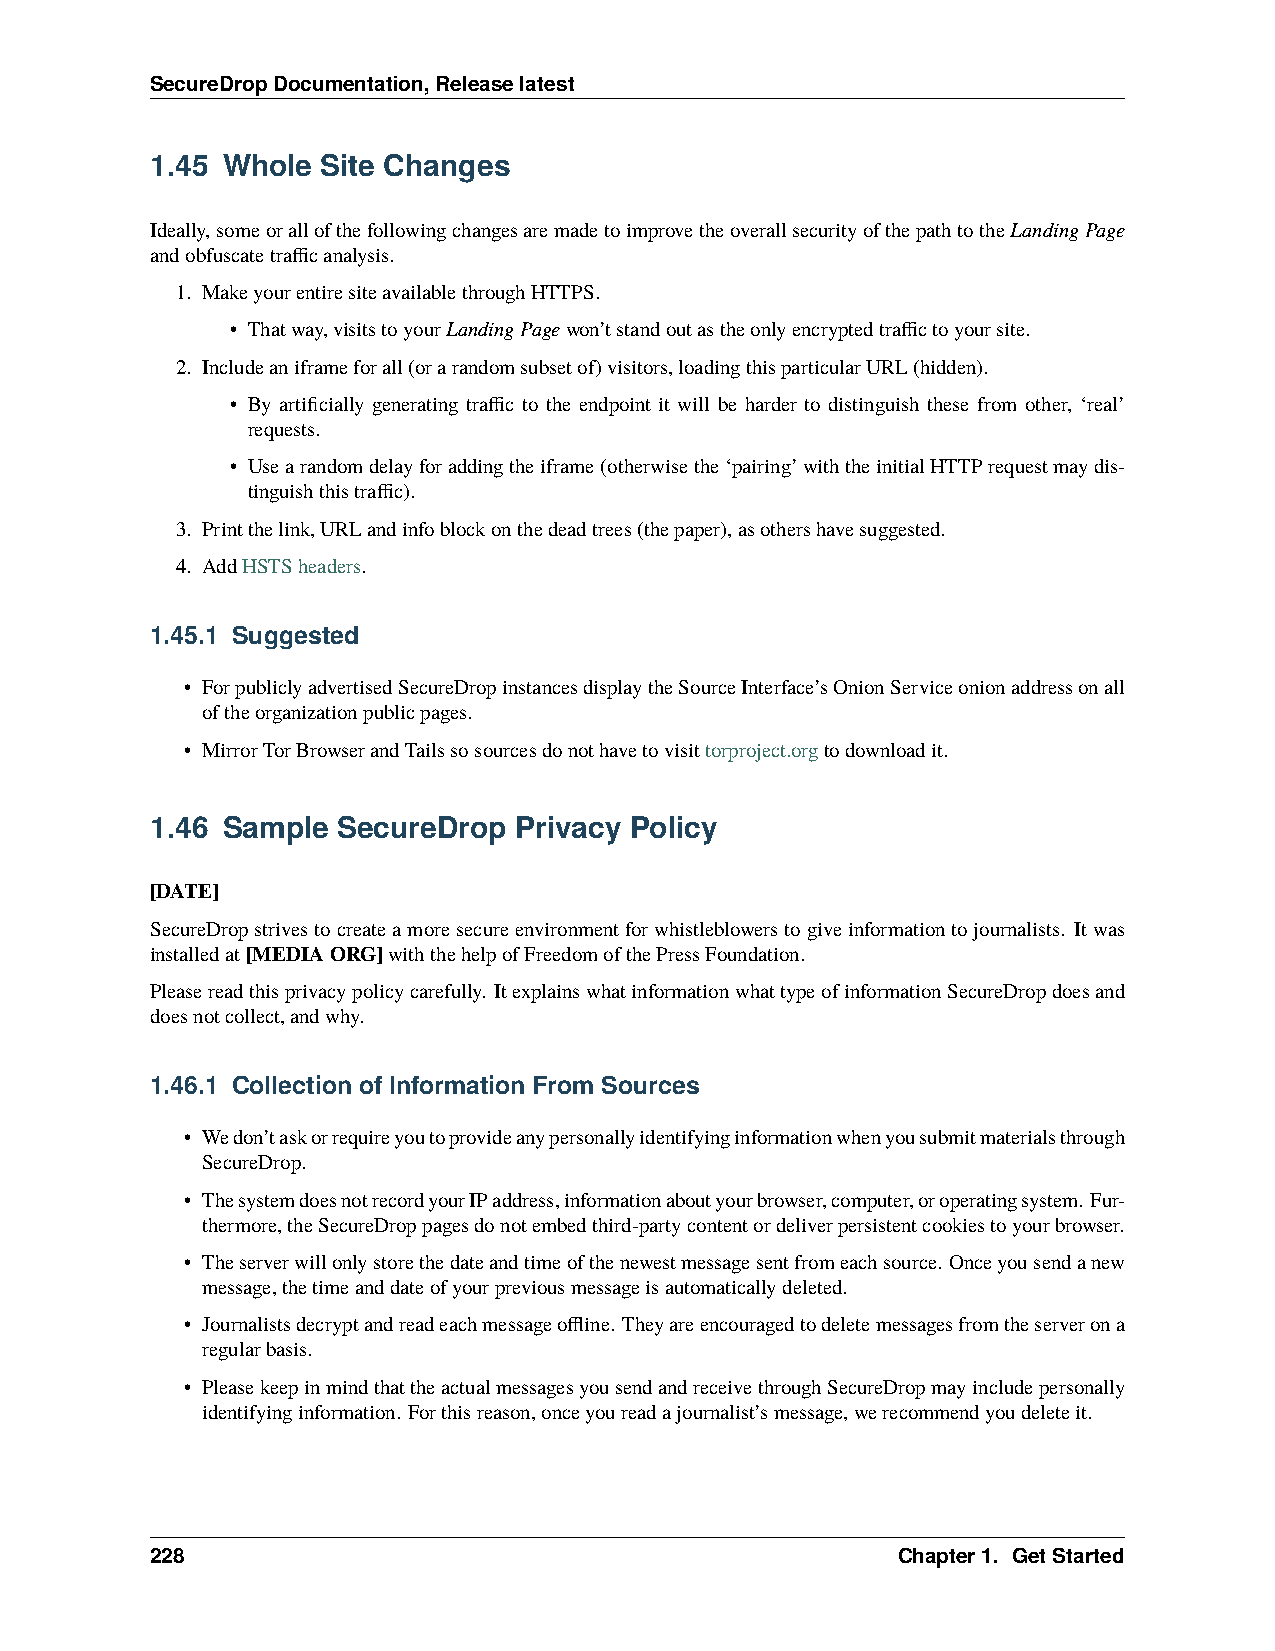
SecureDropDocumentation,Releaselatest
 1.45 Whole Site Changes
 Ideally,someorallofthefollowingchangesaremadetoimprovetheoverallsecurityofthepathtotheLandingPage
 andobfuscatetrafficanalysis.
 1. MakeyourentiresiteavailablethroughHTTPS.
 • Thatway,visitstoyourLandingPagewon’tstandoutastheonlyencryptedtraffictoyoursite.
 2. Includeaniframeforall(orarandomsubsetof)visitors,loadingthisparticularURL(hidden).
 • By artificially generating traffic to the endpoint it will be harder to distinguish these from other, ‘real’
 requests.
 • Usearandomdelayforaddingtheiframe(otherwisethe‘pairing’withtheinitialHTTPrequestmaydis-
 tinguishthistraffic).
 3. Printthelink,URLandinfoblockonthedeadtrees(thepaper),asothershavesuggested.
 4. AddHSTSheaders.
 1.45.1 Suggested
 • ForpubliclyadvertisedSecureDropinstancesdisplaytheSourceInterface’sOnionServiceonionaddressonall
 oftheorganizationpublicpages.
 • MirrorTorBrowserandTailssosourcesdonothavetovisittorproject.orgtodownloadit.
 1.46 Sample SecureDrop  Privacy Policy
 [DATE]
 SecureDropstrivestocreateamoresecureenvironmentforwhistleblowerstogiveinformationtojournalists. Itwas
 installedat[MEDIAORG]withthehelpofFreedomofthePressFoundation.
 Pleasereadthisprivacypolicycarefully. ItexplainswhatinformationwhattypeofinformationSecureDropdoesand
 doesnotcollect,andwhy.
 1.46.1 Collection of Information From Sources
 • Wedon’taskorrequireyoutoprovideanypersonallyidentifyinginformationwhenyousubmitmaterialsthrough
 SecureDrop.
 • ThesystemdoesnotrecordyourIPaddress,informationaboutyourbrowser,computer,oroperatingsystem. Fur-
 thermore,theSecureDroppagesdonotembedthird-partycontentordeliverpersistentcookiestoyourbrowser.
 • Theserverwillonlystorethedateandtimeofthenewestmessagesentfromeachsource. Onceyousendanew
 message,thetimeanddateofyourpreviousmessageisautomaticallydeleted.
 • Journalistsdecryptandreadeachmessageoffline. Theyareencouragedtodeletemessagesfromtheserverona
 regularbasis.
 • PleasekeepinmindthattheactualmessagesyousendandreceivethroughSecureDropmayincludepersonally
 identifyinginformation. Forthisreason,onceyoureadajournalist’smessage,werecommendyoudeleteit.
 228                                              Chapter1. GetStarted